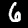
Label: 6